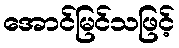
အောင်မြင်သဖြင့်